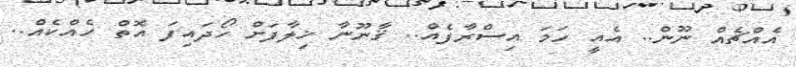
އެއްޗެއް ނޫން.. އެއީ ހަމަ އިސްރާފެއް.. ޤާނޫނާ ޚިލާފަށް ހޯދައިފަ އޮތް ހެއްކެއް..